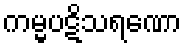
ကမ္မပဋိသရဏော